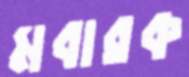
মবারক